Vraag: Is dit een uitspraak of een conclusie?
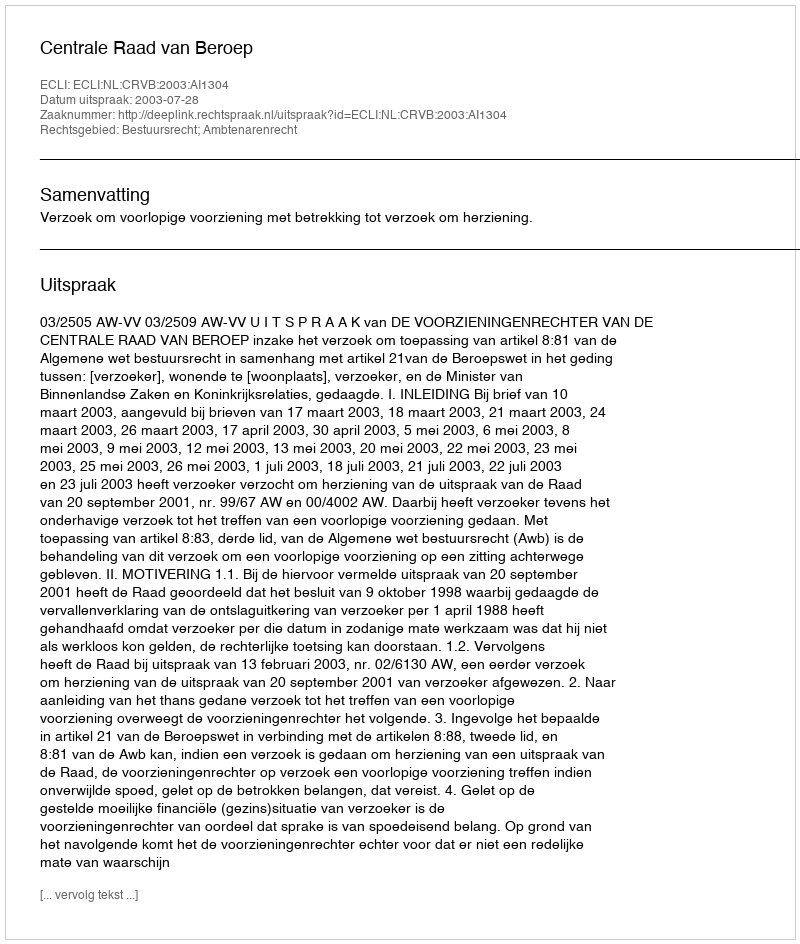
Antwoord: Uitspraak